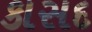
કાસદ